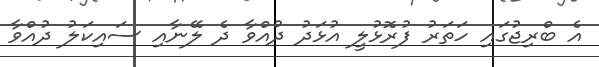
އެ ބްރިޖުގައި ހަތަރު ފުރޮޅުލީ އުޅަދު ދުއްވާ ދެ ލޭނާއި ސައިކަލު ދުއްވާ